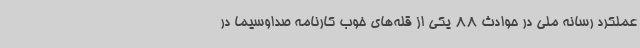
عملکرد رسانه ملی در حوادث 88 یکی از قله‌های خوب کارنامه صداوسیما در